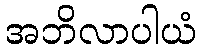
အဘိလာပါယံ